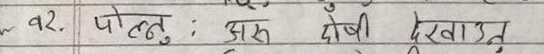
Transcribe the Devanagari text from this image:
१२. पोलनु : अरु दोषी देखाउनु